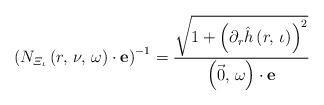
LaTeX: \begin{align*}\left(N_{\varXi_{\iota}}\left(r,\,\nu,\,\omega\right)\cdot\mathbf{e}\right)^{-1}=\frac{\sqrt{1+\left(\partial_{r}\hat{h}\left(r,\,\iota\right)\right)^{2}}}{\left(\vec{0},\,\omega\right)\cdot\mathbf{e}}\end{align*}